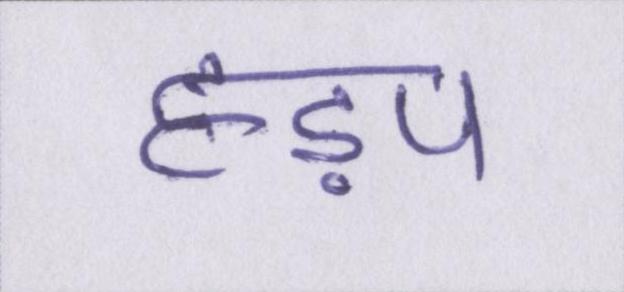
हड़प